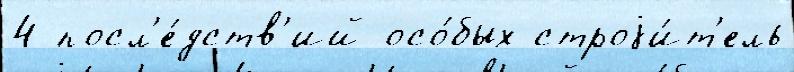
4 посл'е́дств'ий осо́бых строjи́т'ель